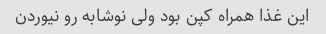
این غذا همراه کپن بود ولی نوشابه رو نیوردن